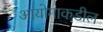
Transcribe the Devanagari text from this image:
आयोगाकडील